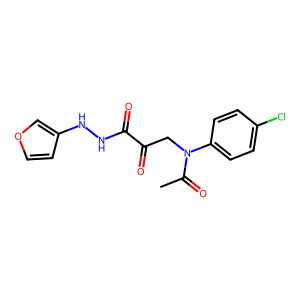
SMILES: CC(=O)N(CC(=O)C(=O)NNc1ccoc1)c1ccc(Cl)cc1
Inhibits HIV replication: No